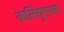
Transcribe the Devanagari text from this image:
कलियुगाला